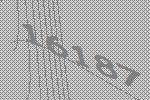
16187